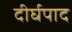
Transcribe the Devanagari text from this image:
दीर्घपाद